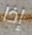
إذا